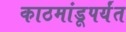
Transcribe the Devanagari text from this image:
काठमांडूपर्यंत